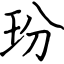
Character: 玢